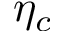
\eta _ { c }